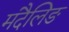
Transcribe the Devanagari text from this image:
मंदैलिङ